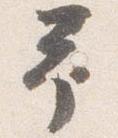
予